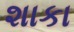
શાકા